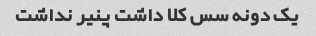
یک دونه سس کلا داشت پنیر نداشت